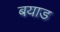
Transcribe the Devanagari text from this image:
बयाड